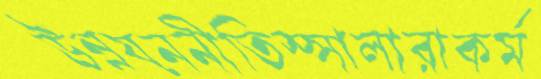
উন্নয়ননীতিস্সালারাকর্ম